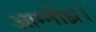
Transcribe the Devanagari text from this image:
आग्नीध्र।